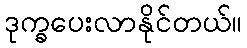
ဒုက္ခပေးလာနိုင်တယ်။